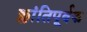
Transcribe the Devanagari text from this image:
क्लांतिपूर्वक